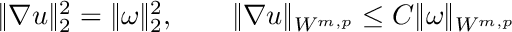
\begin{array} { r } { \| \nabla u \| _ { 2 } ^ { 2 } = \| \omega \| _ { 2 } ^ { 2 } , \qquad \| \nabla u \| _ { W ^ { m , p } } \leq C \| \omega \| _ { W ^ { m , p } } } \end{array}